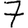
Digit: 7